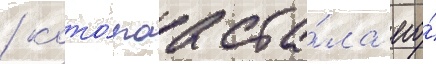
/ кото́раа ста́ла его́